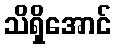
သိရှိအောင်